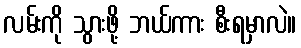
လမ်းကို သွားဖို့ ဘယ်ကား စီးရမှာလဲ။